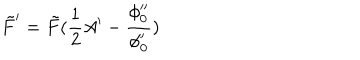
\tilde { F } ^ { \prime } = \tilde { F } ( \frac { 1 } { 2 } A ^ { \prime } - \frac { \phi _ { 0 } ^ { \prime \prime } } { \phi _ { 0 } ^ { \prime } } )